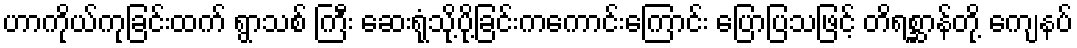
ဟာကိုယ်ကုခြင်းထက် ရွာသစ် ကြီး ဆေးရုံသို့ပို့ခြင်းကကောင်းကြောင်း ပြောပြသဖြင့် တိရစ္ဆာန်တို့ ကျေနပ်